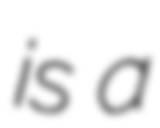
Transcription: is a